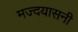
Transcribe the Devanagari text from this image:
मज्दयासनी